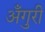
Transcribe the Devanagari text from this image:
अँगुरी